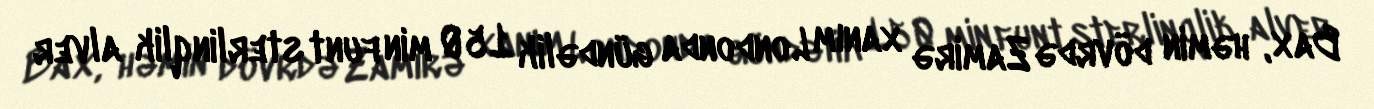
Bax, həmin dövrdə Zamirə xanım Londonda gündəlik 150 min funt sterlinqlik alver